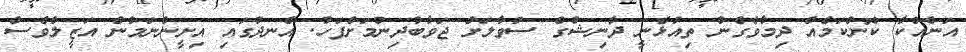
އަނެއްކާ ކޮންކަމެއް ދިމާވެގެން ތިއުޅެނީ ދާނިޝްގެ ސުވާލަށް ޖަވާބުދިިނުމަށްފަހު